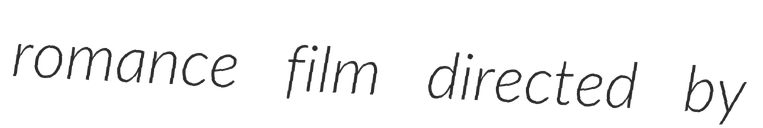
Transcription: romance film directed by